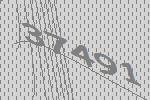
37491